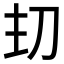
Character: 𭃌